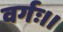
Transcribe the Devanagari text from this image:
वर्गः।।